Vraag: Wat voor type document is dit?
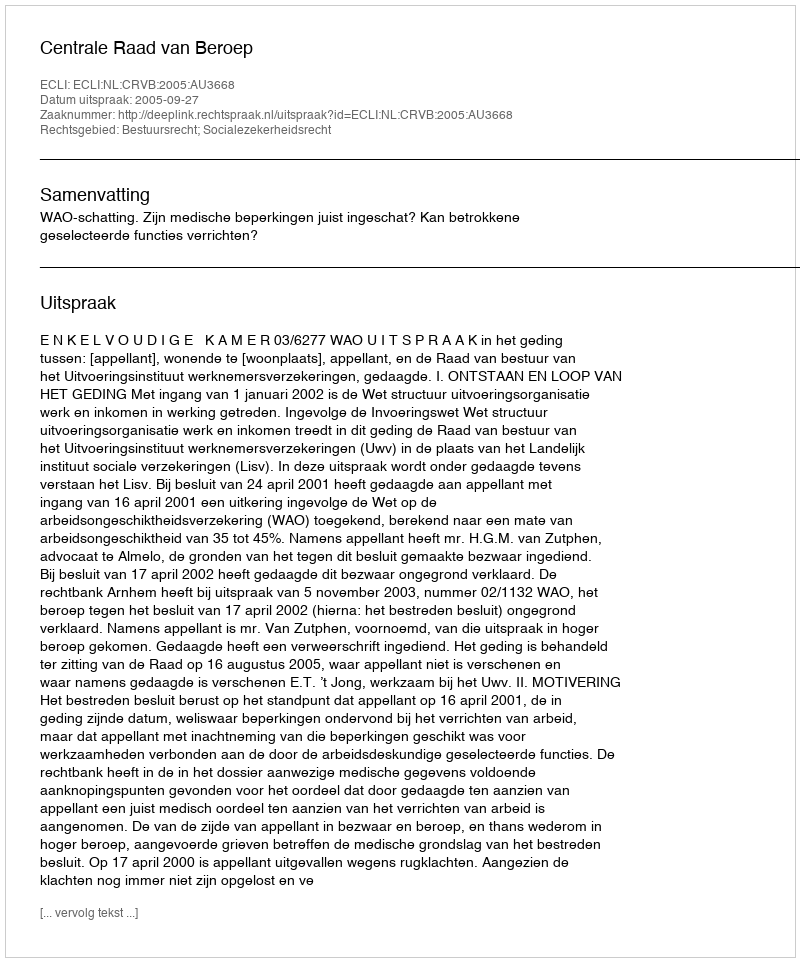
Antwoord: Uitspraak